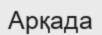
Арқада